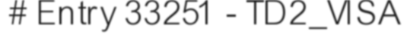
# Entry 33251 - TD2_VISA